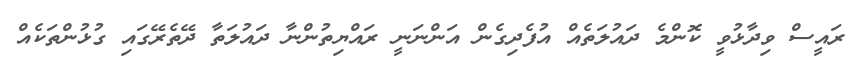
ރައީސް ވިދާޅުވީ ކޮންމެ ދައުލަތެއް އުފެދިގެން އަންނަނީ ރައްޔިތުންނާ ދައުލަތާ ދޭތެރޭގައި ގުޅުންތަކެއް